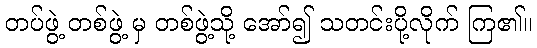
တပ်ဖွဲ့ တစ်ဖွဲ့ မှ တစ်ဖွဲ့သို့ အော်၍ သတင်းပို့လိုက် ကြ၏။